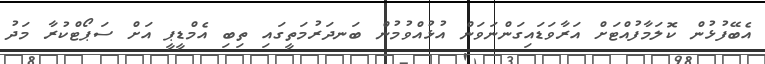
އެބޭފުޅުން ކޮލަމާފުއްޓަށް އަރާވަޑައިގަންނަވަން އުޅުއްވުމުން ބަނދަރުމަތީގައި ތިބި އެމްޑީޕީ އަށް ސަޕޯޓްކުރާ މަދު